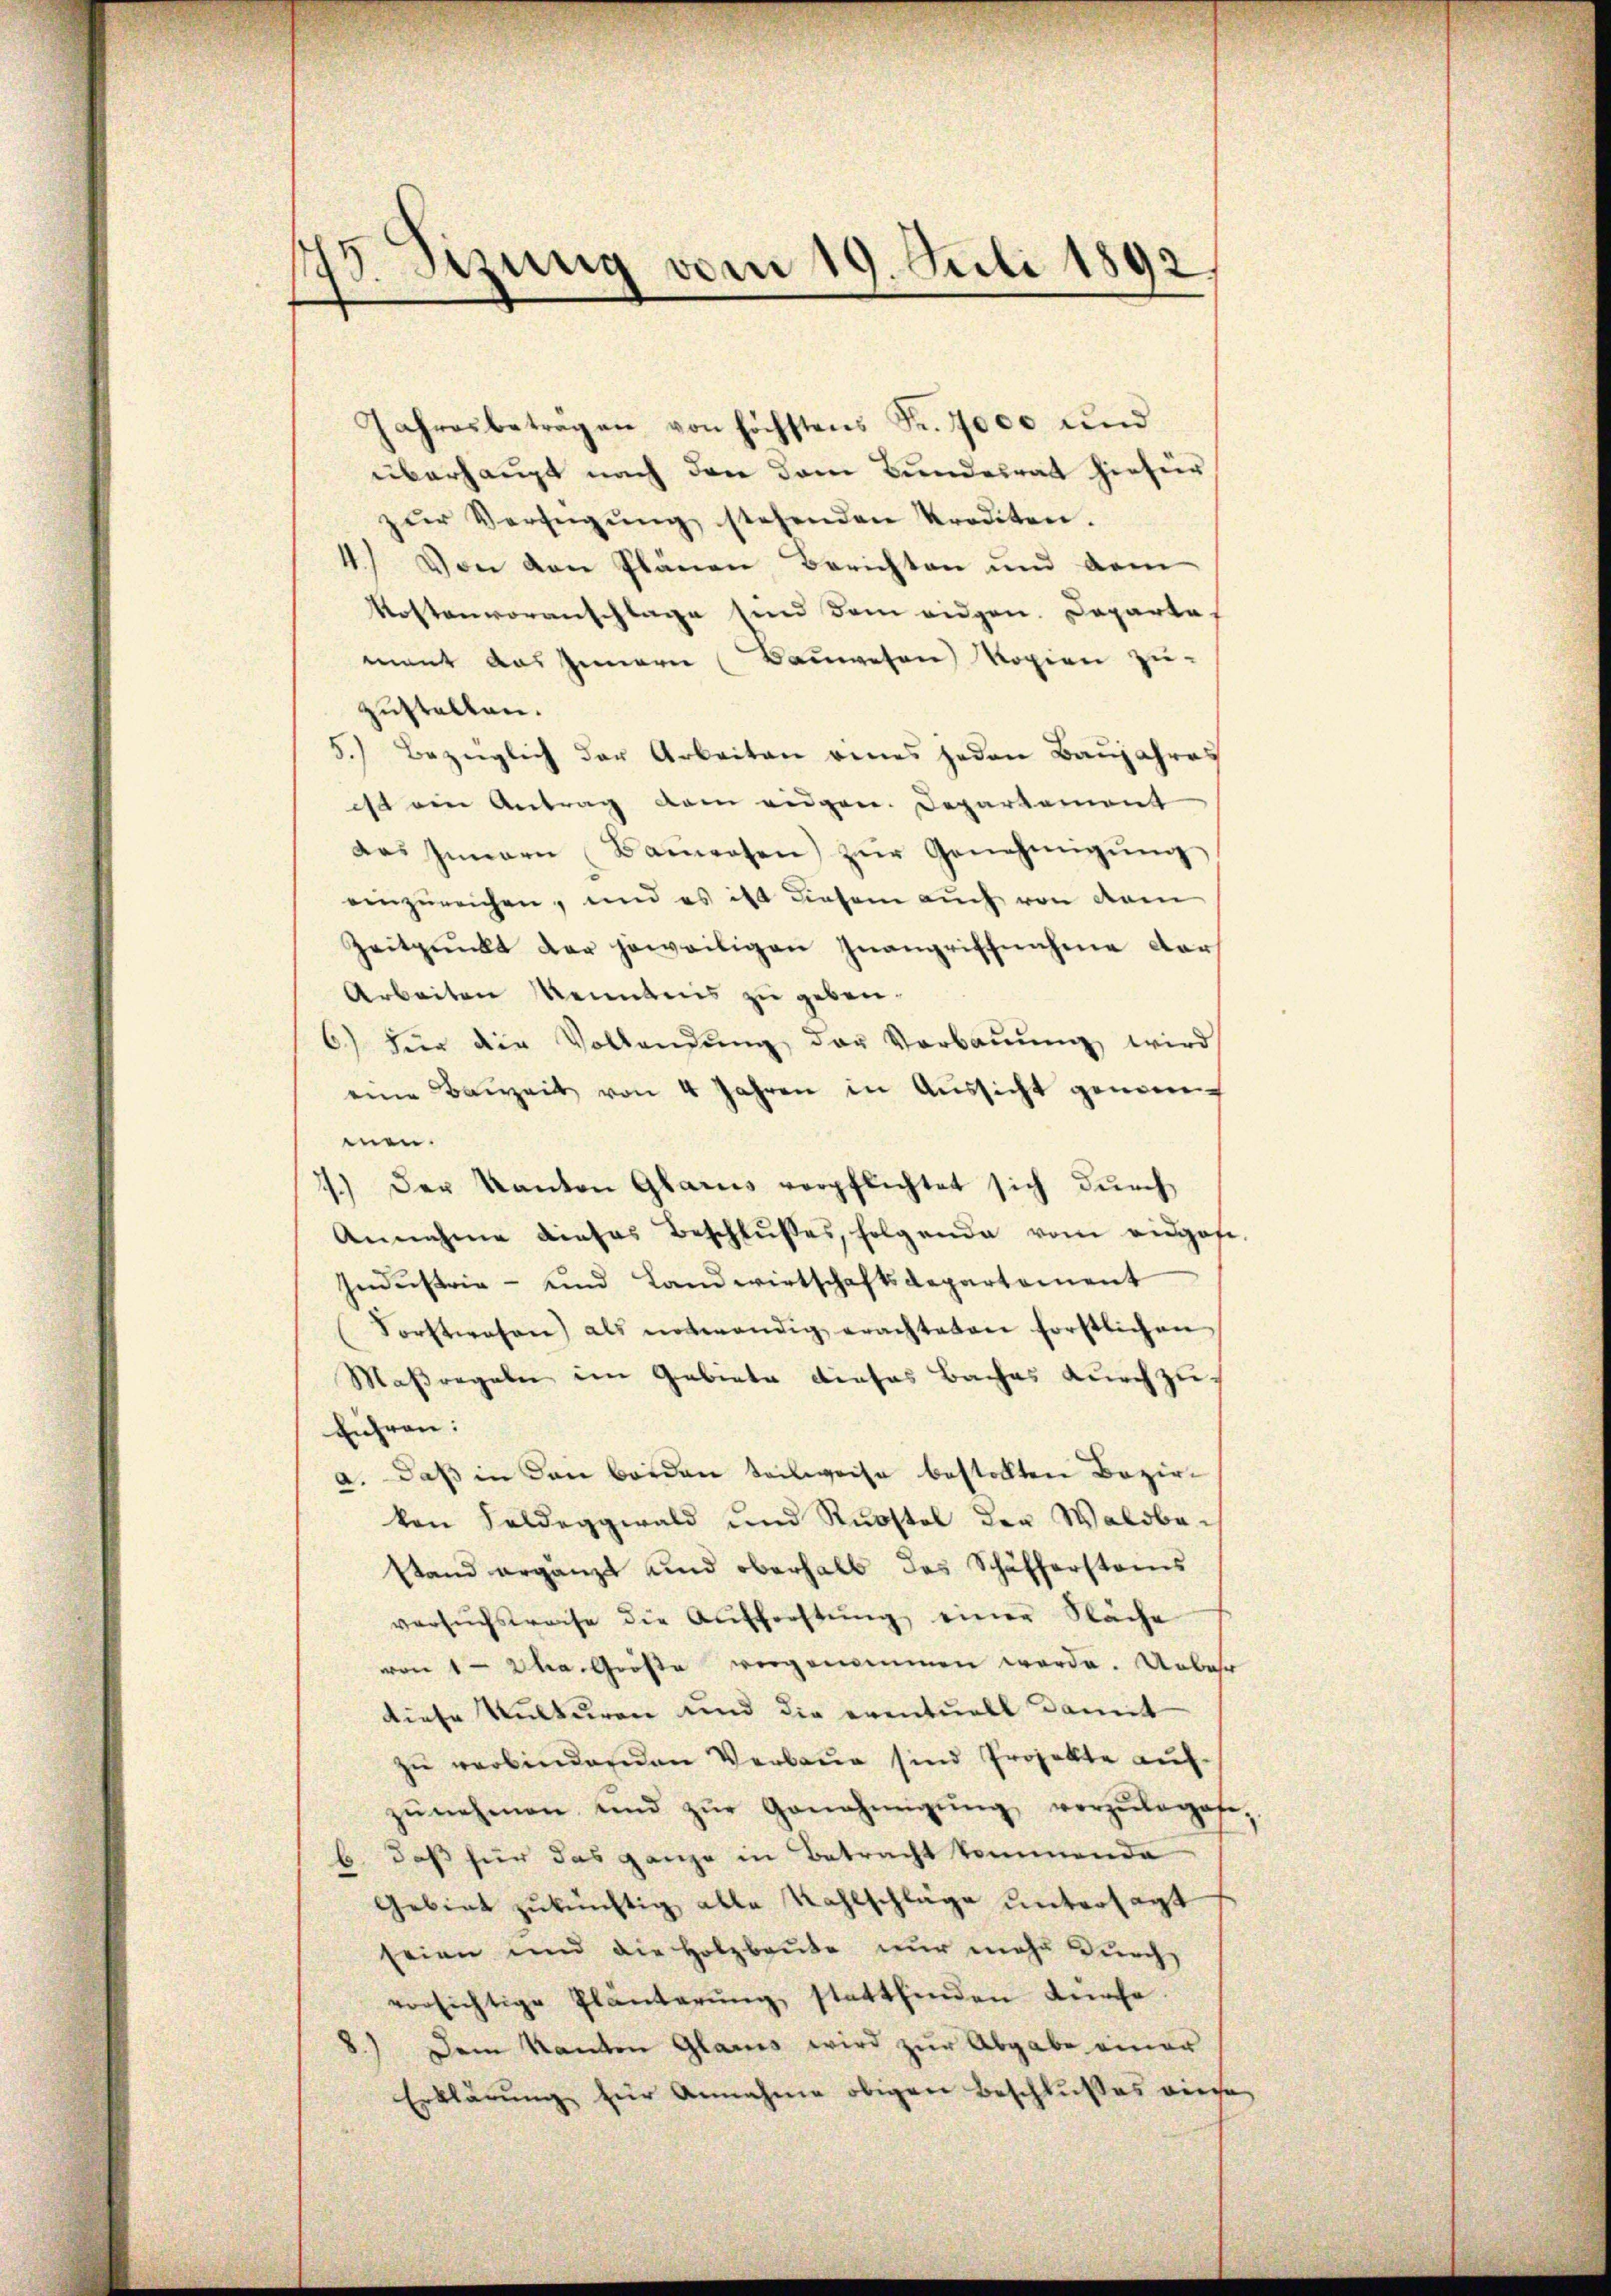
75. Sizung vom 19. Juli 1892

Jahresbeträgen von höchstens Fr. 7000 und
überhaupt nach den dem Bundesrat hiefür
zŭr Verfügŭng stehenden Krediten.
4.) Von den Plänen Berichten und dem
Kostenvoranschlage sind dem eidgen. Departa
ment das Innern (Bauwesen Kopien zu-
zustellen.
5.) Bezüglich der Arbeiten eines jeden Baujahres
ist ein Antrag dem eidgen. Departement
das Innern Bauwesen zŭr Genehmigŭng
einzureichen, und es ist diesem auch von dem
Zeitpunkt der jeweiligen Inangriffnahme dar
Arbeiten Menntnis zu geben.
6) für die Vollendŭng der Verbaŭŭng wird
eine Bauzeit von 4 Jahren in Aŭssicht genom
men.
1.) Der Kanton Glarus verpflichtet sich durch
Annahme dieses Beschlŭsses, folgende vom eidgese
Industrie - und Landwirtschaftsdepartement
Forstwesen) als notwendig erachteten förstlichen
Maßregeln im Gebiete dieses Baches durchzu-
führen:
a. Daß in den beiden seinweise bestellten Bezirkon Feldeggwald und Rustel der Waldbe-
stand ergänzt und oberhalb das Schäfferstanis
versuchstreise die Aufforstŭng einer Näche
von 1 Uhra. Größe vorgenommen werde. Unbehr
diese Kulturen und die eventuell damit
zŭ verbindenden Verbrug sind Projekte aufzŭnehmen und zŭr Genehmigŭng vorzŭlegate,
b. daß für das ganze in Betracht kommende
Gebiet zukünftig alle Kahlschläge untersagt
seien und die Holzbaute nur mehr durch
vorsichtige Pländerŭng stattfinden dürfe.
Dem Kanton Glarus wird zur Abgabe einer
Erklärung für Annahme obigen Beschlußes diese